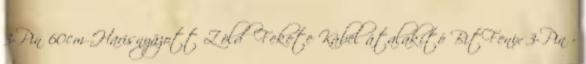
3-Pin 60cm Harisnyázott Zöld Fekete Kábel átalakító BitFenix 3-Pin -